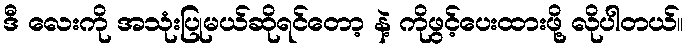
ဒီ လေးကို အသုံးပြုမယ်ဆိုရင်တော့ နဲ့ ကိုဖွင့်ပေးထားဖို့ လိုပါတယ်။